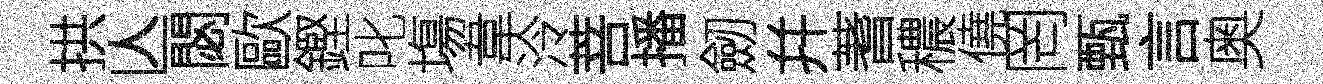
拱亾閟歐鏗叱塲韋泠菩播劒幷蓍穠僥罔甄言奥